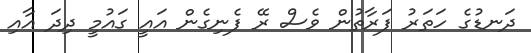
ދަނޑުގެ ހަތަރު ފަރާތުން ވެސް ރޭ ފެނިގެން އައީ ގައުމީ ދިދަ އާއި